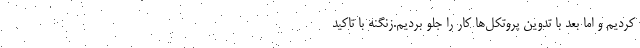
کردیم و اما بعد با تدوین پروتکل‌ها کار را جلو بردیم.زنگنه با تاکید